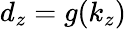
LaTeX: d_{z}=g(k_{z})